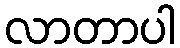
လာတာပါ